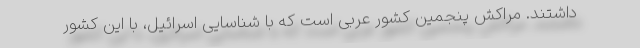
داشتند. مراکش پنجمین کشور عربی است که با شناسایی اسرائیل، با این کشور